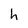
Character: h